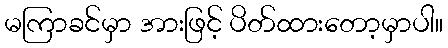
မကြာခင်မှာ အားဖြင့် ပိတ်ထားတော့မှာပါ။